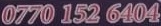
0770 152 6404